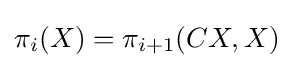
\pi _{i}(X)=\pi _{i+1}(CX,X)